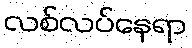
လစ်လပ်နေရာ